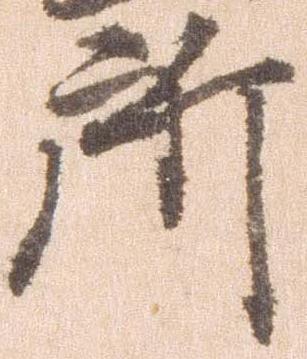
所